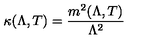
\kappa ( \Lambda , T ) = \frac { m ^ { 2 } ( \Lambda , T ) } { \Lambda ^ { 2 } }